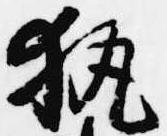
執